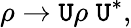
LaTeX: \rho\rightarrow\mathtt{U}\rho\; \mathtt{U}^{*},